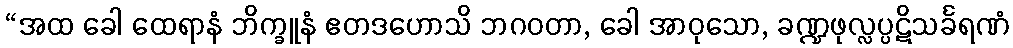
“အထ ခေါ ထေရာနံ ဘိက္ခူနံ ဧတဒဟောသိ ဘဂဝတာ, ခေါ အာဝုသော, ခဏ္ဍဖုလ္လပ္ပဋိသင်္ခရဏံ